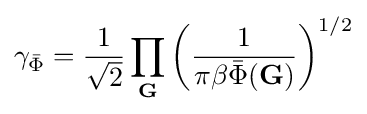
\gamma _{\bar {\Phi }}={\frac {1}{\sqrt {2}}}\prod _{\mathbf {G} }\left({\frac {1}{\pi \beta {\bar {\Phi }}(\mathbf {G} )}}\right)^{1/2}